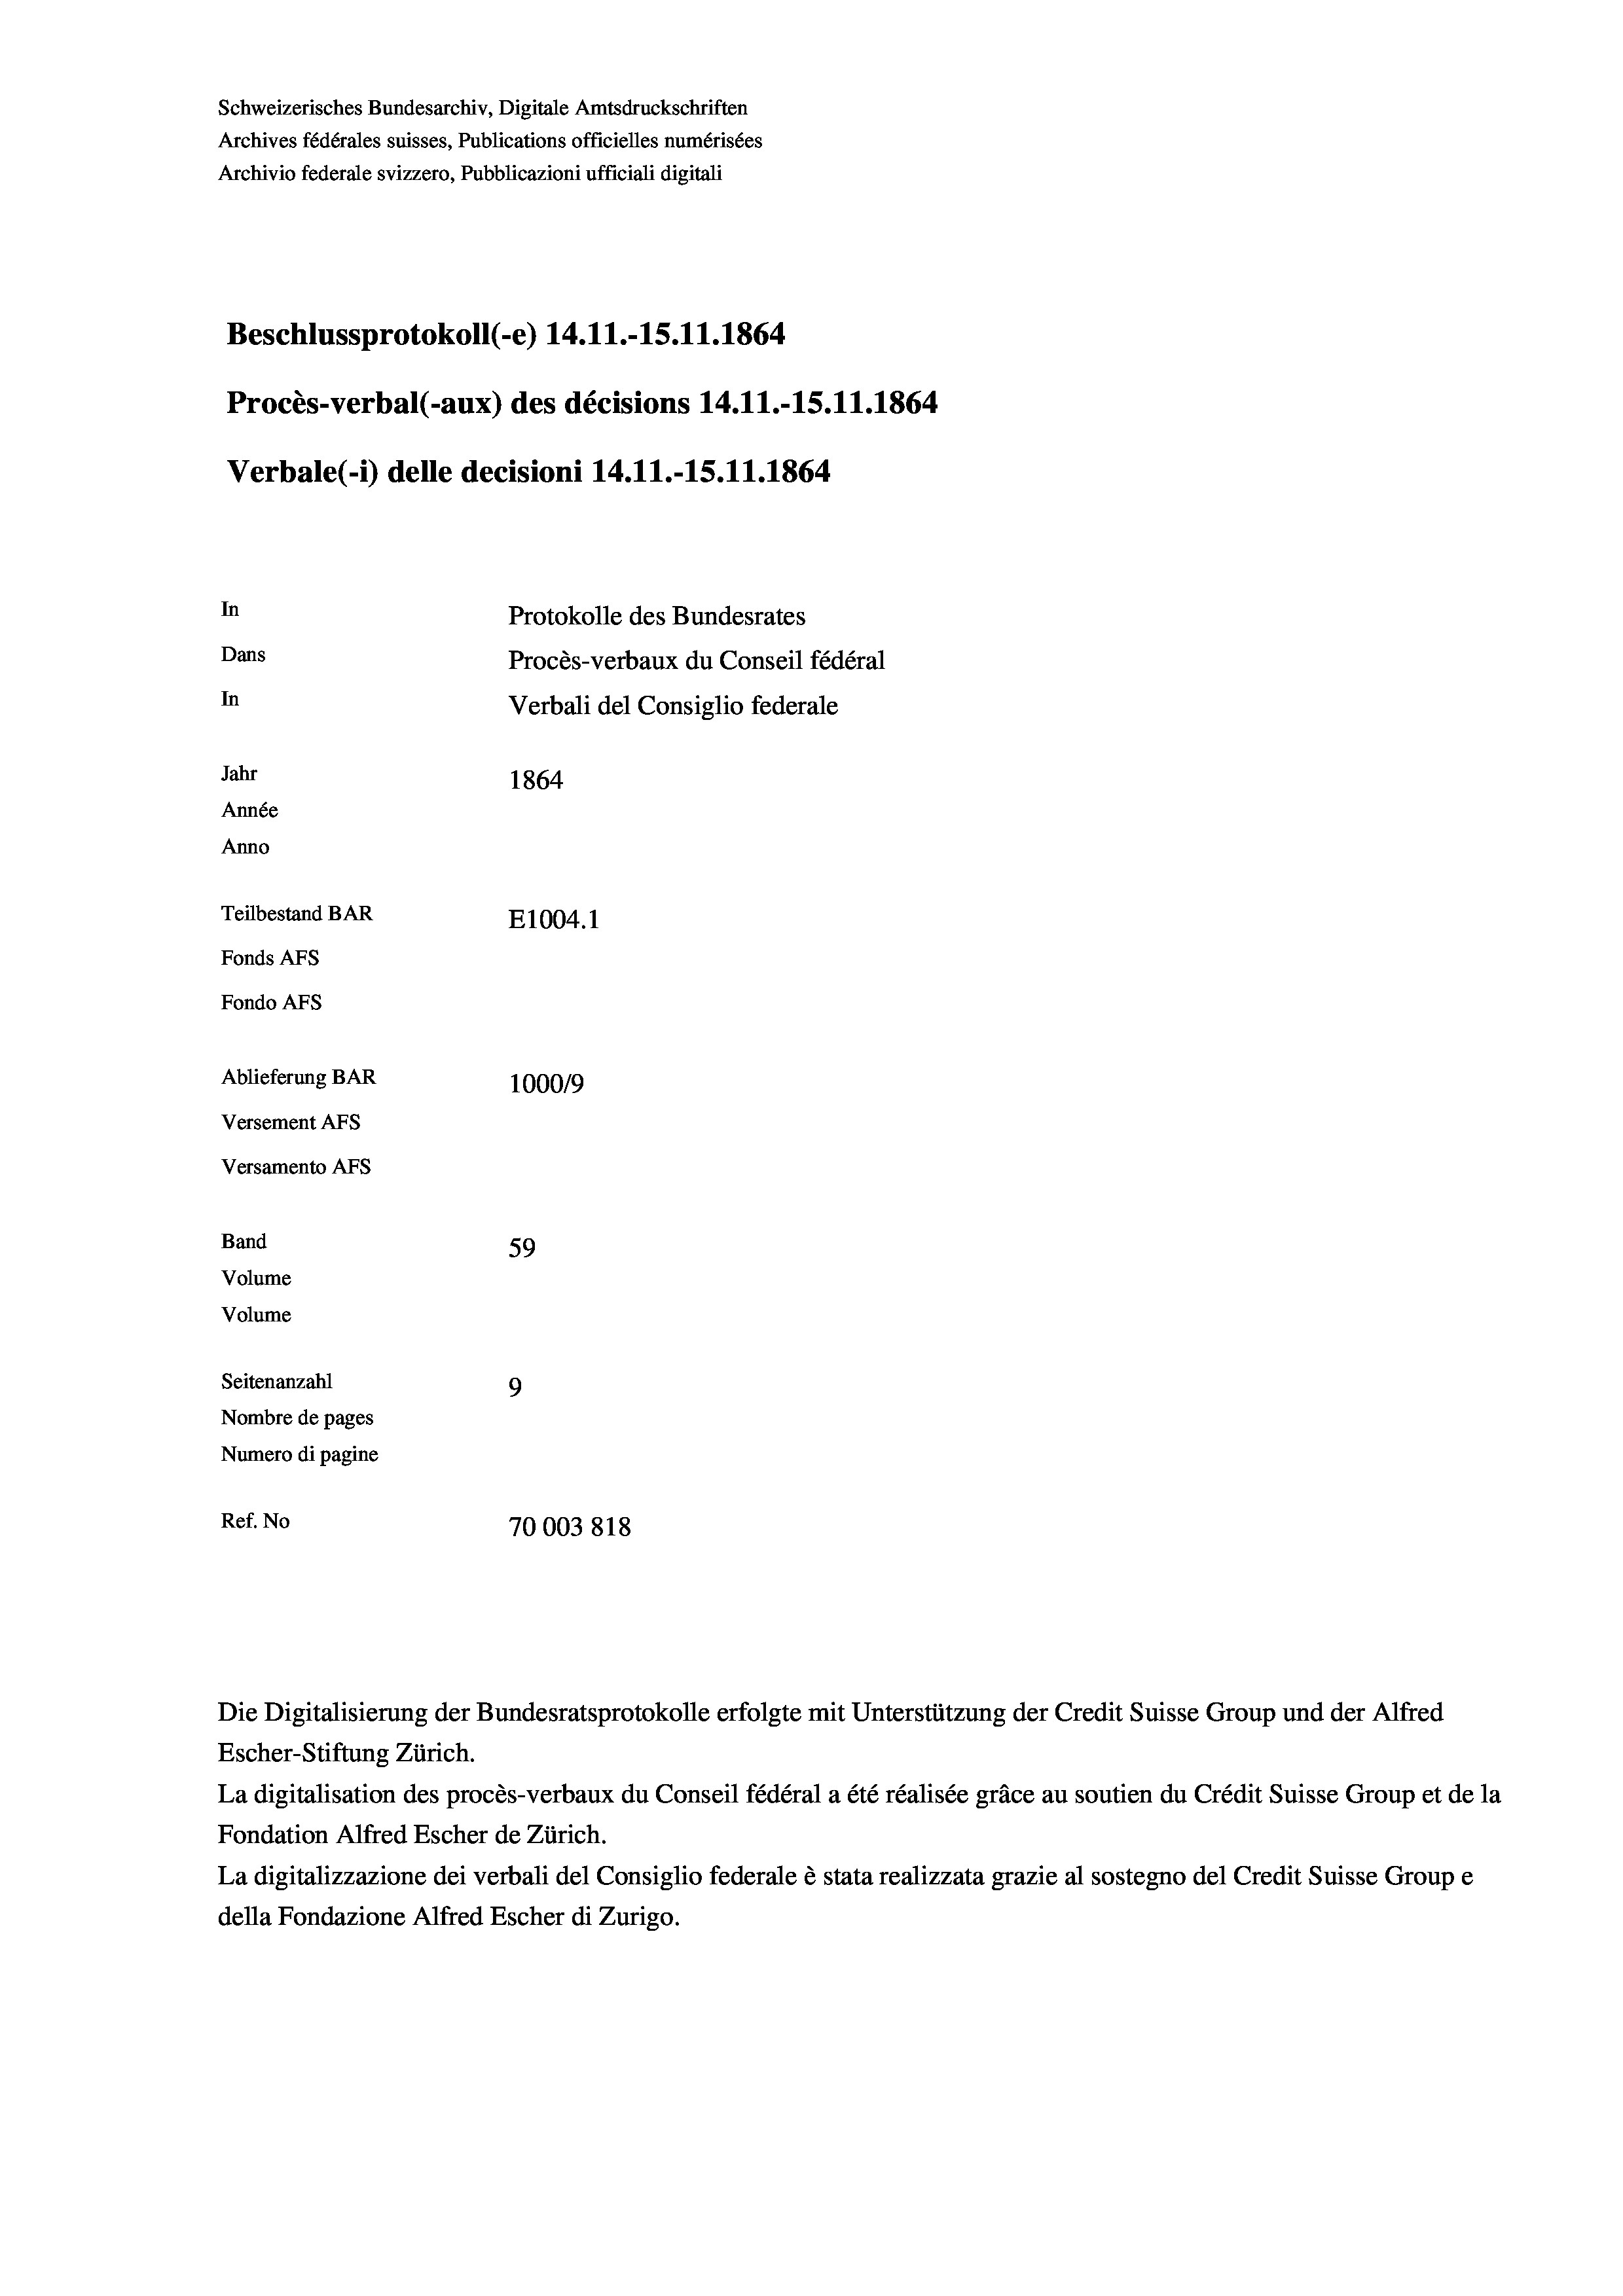
Schweizerisches Bundesarchiv, Digitale Amtsdruckschriften
Archives fédérales suisses, Publications officielles numérisées
Archivio federale svizzero, Pubblicazioni ufficiali digitali
Beschlussprotokoll (-e) 14.11.-15.11.1864
Procès-verbal (-aux) des décisions 14.11.-15.11.1864
Verbale(*) delle decisioni 14.11.-15.11.1864
In
Protokolle des Bundesrates
Dans
Procès-verbaux du Conseil fédéral
In
Verbali del Consiglio federale
Jahr
1864
Année
Anno
Teilbestand BAR
E1004. 1
Fonds AFs
Fondo AFS
Ablieferung BAR
100019
Versement AFs
Versamento Afs

59
9
Nombre de pages
Numero di pagine
Ref. No
70003818

Band
Volume
Volume
Seitenanzahl

Escher-Stiftung Zürich.
La digitalisation des procès-verbaux du Conseil fédéral a été réalisée gräce au soutien du Crédit Suisse Group et de la
Fondation Alfred Escher de Zürich.
La digitalizzazione dei verbali del Consiglio federale è stata realizzata grazie al sostegno del Credit Suisse Groupe
della Fondazione Alfred Escher di Zurigo.

Die Digitalisierung der Bundesratsprotokolle erfolgte mit Unterstützung der Credit Suisse Group und der Alfred